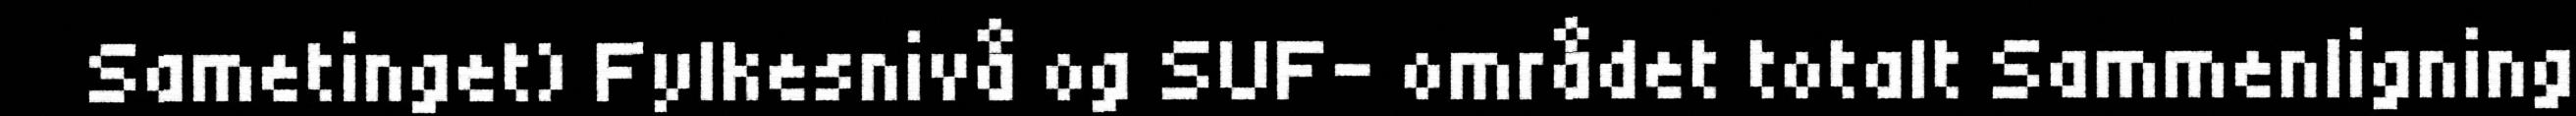
Sametinget) Fylkesnivå og SUF- området totalt Sammenligning